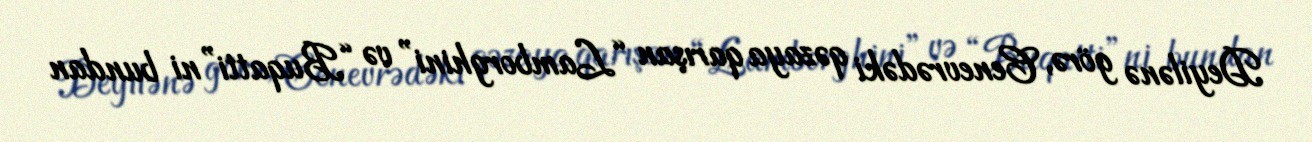
Deyilənə görə, Cenevrədəki qəzaya qarışan “Lamborghini” və “Buqatti”ni bundan